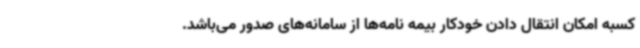
کسبه امکان انتقال دادن خودکار بیمه نامه‌ها از سامانه‌های صدور می‌باشد.